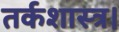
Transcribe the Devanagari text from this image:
तर्कशास्त्र।